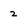
Character: 2